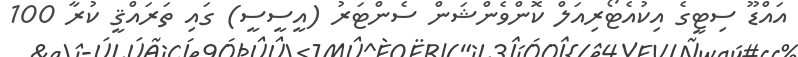
އައްޑޫ ސިޓީގެ އިކުއެޓޯރިއަލް ކޮންވެންޝަން ސެންޓަރު (އީސީސީ) ގައި ތަރައްޤީ ކުރާ 100